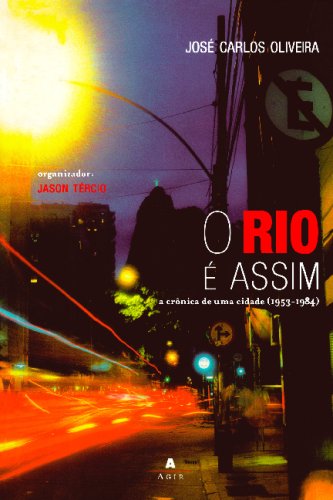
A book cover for O Rio Ã© Assim (Portuguese Edition); JosÃ© Carlos Oliveira; Christian Books & Bibles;